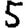
Digit: 5